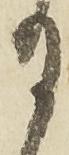
月